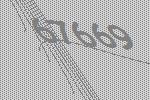
67669